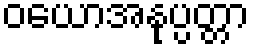
ဝယောအနုပ္ပတ္တာ